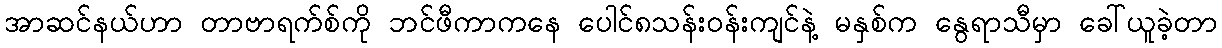
အာဆင်နယ်ဟာ တာဗာရက်စ်ကို ဘင်ဖီကာကနေ ပေါင်၈သန်း၀န်းကျင်နဲ့ မနှစ်က နွေရာသီမှာ ခေါ်ယူခဲ့တာ